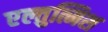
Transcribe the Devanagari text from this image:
एल्तुत्मिश